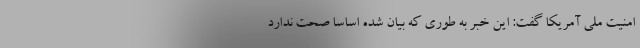
امنیت ملی آمریکا گفت: این خبر به طوری که بیان شده اساسا صحت ندارد